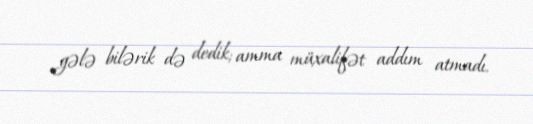
gələ bilərik də dedik; amma müxalifət addım atmadı.